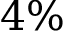
4 \%